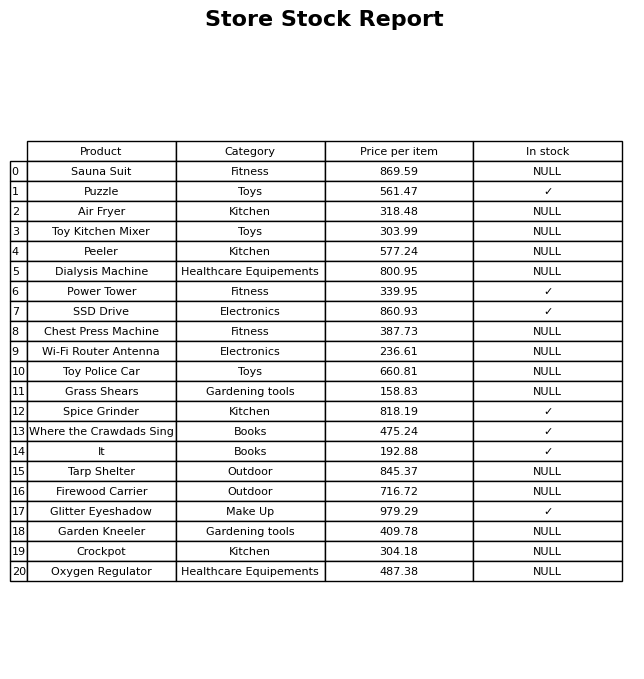
question: Is the Crockpot in stock?
answer: NULL